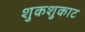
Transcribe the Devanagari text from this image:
शुकशुकाट